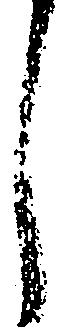
し